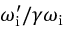
\omega _ { \mathrm { i } } ^ { \prime } / \gamma \omega _ { \mathrm { i } }